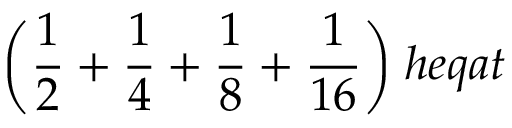
{ \bigg ( } { \frac { 1 } { 2 } } + { \frac { 1 } { 4 } } + { \frac { 1 } { 8 } } + { \frac { 1 } { 1 6 } } { \bigg ) } \; h e q a t